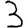
Digit: 3